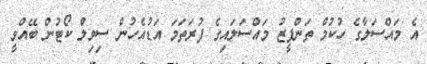
އެ މައްސަލާގެ ހުކުމް ތަންފީޒު މައްސަލައިގެ ފުރަތަމަ އަޑުއެހުން ސިވިލް ކޯޓުން ބޭއްވީ